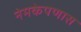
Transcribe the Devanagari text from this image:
नेमकेपणास